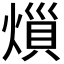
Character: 𪹟